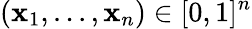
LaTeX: (\mathbf{x}_{1},...,\mathbf{x}_{n})\in[0,1]^{n}